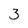
Character: 3